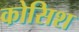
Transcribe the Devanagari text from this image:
कोसिश